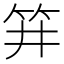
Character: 𥬆